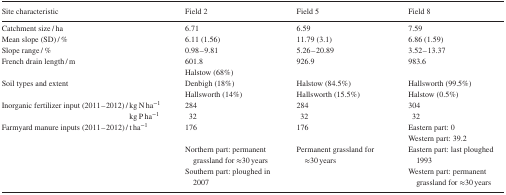
<table><thead><tr><td><b>Site characteristic</b></td><td><b>Field 2</b></td><td><b>Field 5</b></td><td><b>Field 8</b></td></tr></thead><tbody><tr><td>Catchment size / ha</td><td>6.71</td><td>6.59</td><td>7.59</td></tr><tr><td>Mean slope (SD) / %</td><td>6.11 (1.56)</td><td>11.79 (3.1)</td><td>6.86 (1.59)</td></tr><tr><td>Slope range / %</td><td>0.98–9.81</td><td>5.26–20.89</td><td>3.52–13.37</td></tr><tr><td>French drain length / m</td><td>601.8</td><td>926.9</td><td>983.6</td></tr><tr><td></td><td>Halstow (68%)</td><td></td><td></td></tr><tr><td>Soil types and extent</td><td>Denbigh (18%)Hallsworth (14%)</td><td>Halstow (84.5%)Hallsworth (15.5%)</td><td>Hallsworth (99.5%)Halstow (0.5%)</td></tr><tr><td>Inorganic fertilizer input (2011–2012) / kg N ha<sup>−1</sup> kg P ha<sup>−1</sup></td><td>28432</td><td>28432</td><td>30432</td></tr><tr><td>Farmyard manure inputs (2011–2012) / t ha<sup>−1</sup></td><td>176</td><td>176</td><td>Eastern part: 0Western part: 39.2</td></tr><tr><td rowspan="2"></td><td>Northern part: permanent grassland for ≈30 years</td><td rowspan="2">Permanent grassland for ≈30 years</td><td>Eastern part: last ploughed 1993</td></tr><tr><td>Southern part: ploughed in 2007</td><td>Western part: permanent grassland for ≈30 years</td></tr></tbody></table>